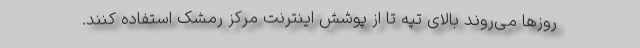
روزها می‌روند بالای تپه تا از پوشش اینترنت مرکز رمشک استفاده کنند.